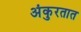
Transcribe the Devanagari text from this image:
अंकुरतात